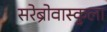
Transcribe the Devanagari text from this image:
सरेब्रोवास्कुला